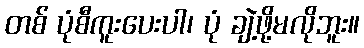
တစ် ပုံစီကူးပေးပါ၊ ပုံ ချဲ့ဖို့မလိုဘူး။